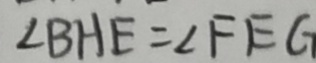
\angle B H E = \angle F E G